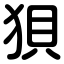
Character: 狽